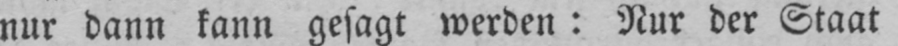
nur dann kann gesagt werden: Nur der Staat